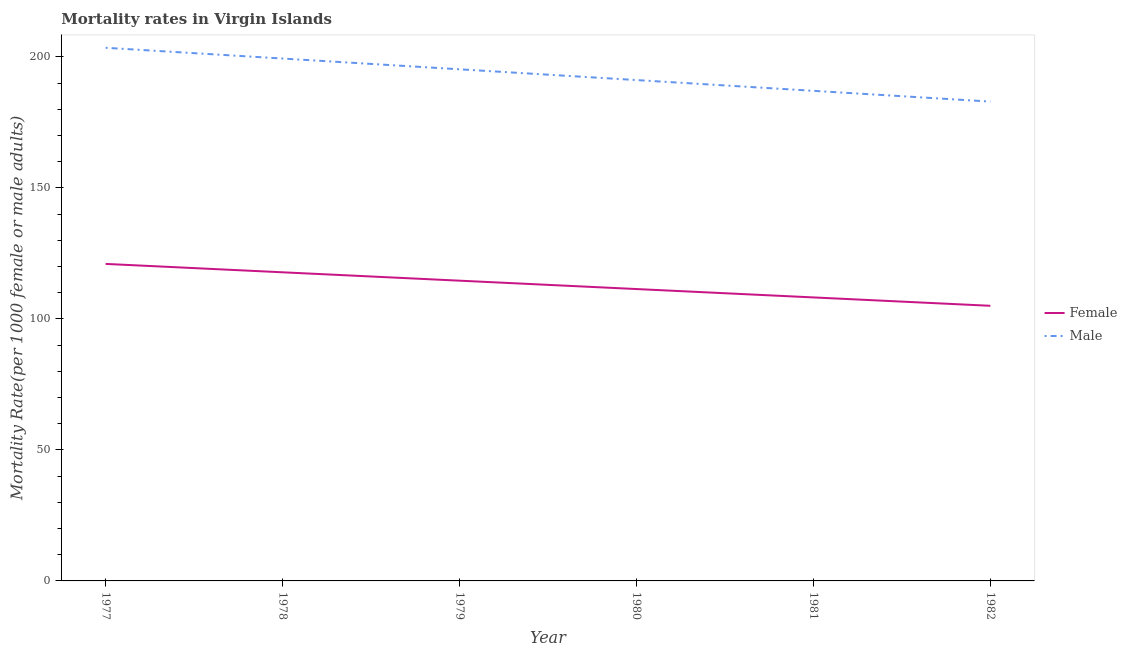
| Year | Female | Male |
 | --- | --- | --- |
 | 1977 | 121 | 203 |
 | 1978 | 118 | 199 |
 | 1979 | 115 | 195 |
 | 1980 | 111 | 191 |
 | 1981 | 108 | 187 |
 | 1982 | 105 | 183 |